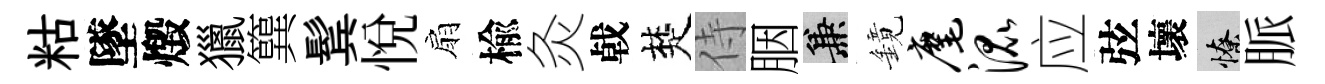
䊀墜燬獵簨鬂悦扇楡灸㦸楚侍胭兼鏡麾混应弦壞憭脈